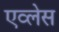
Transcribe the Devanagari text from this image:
एव्लेस